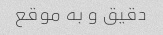
دقیق و به موقع